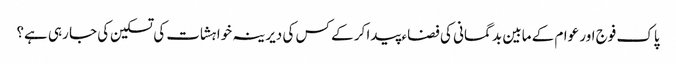
پاک فوج اور عوام کے مابین بد گمانی کی فضاء پیدا کر کے کس کی دیرینہ خواہشات کی تسکین کی جا رہی ہے؟